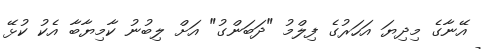
އޭނާގެ މިދިޔަ އަހަރުގެ ފިލްމު "ދަބަންގު" އަށް ލިބުނު ކާމިޔާބާ އެކު ކުޅޭ